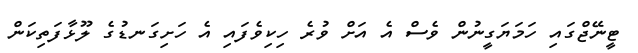
ޓީނޭޖްގައި ހަމަޔަގީނުން ވެސް އެ އަށް ވުރެ ހިކިވެފައި އެ ހަށިގަނޑުގެ ލޫޅާފަތިކަން